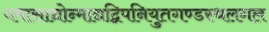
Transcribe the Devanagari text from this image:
यमासाद्योन्माद्यद्विपनियुतगण्डस्थलगल